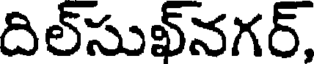
దిల్సుఖ్నగర్,